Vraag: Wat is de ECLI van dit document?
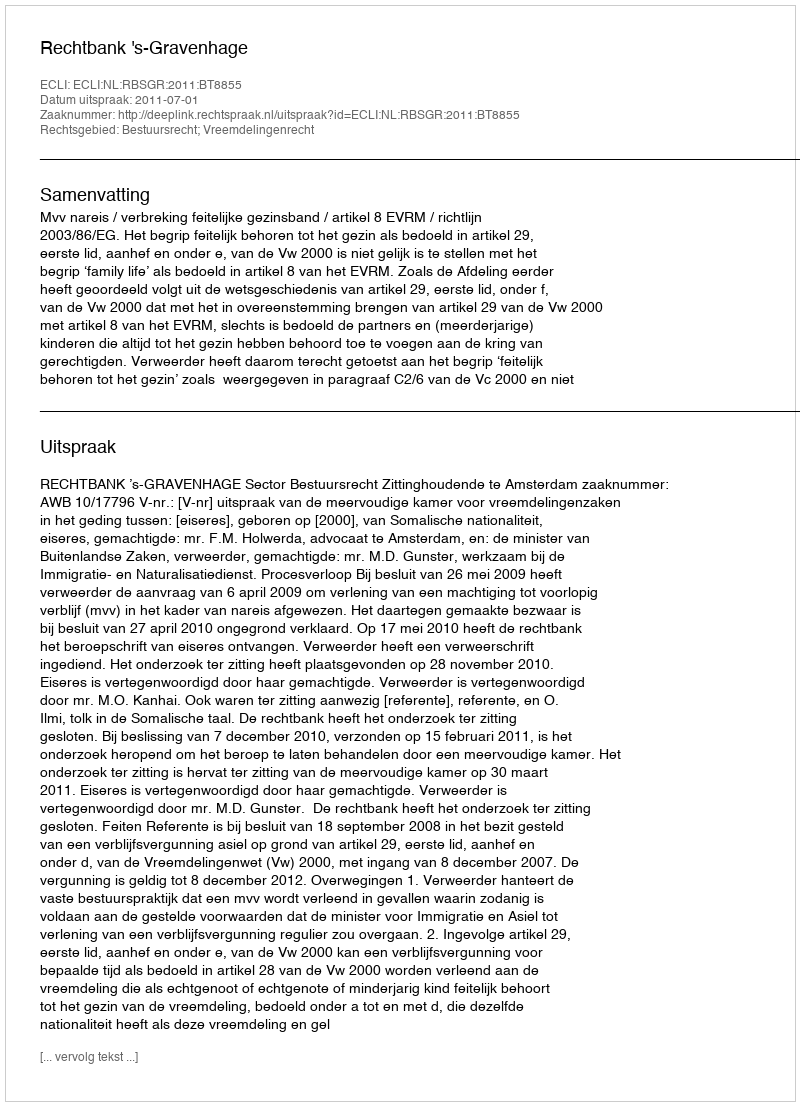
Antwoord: ECLI:NL:RBSGR:2011:BT8855